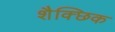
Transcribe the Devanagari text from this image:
शैक्छिक